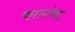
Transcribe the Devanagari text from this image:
काठांना